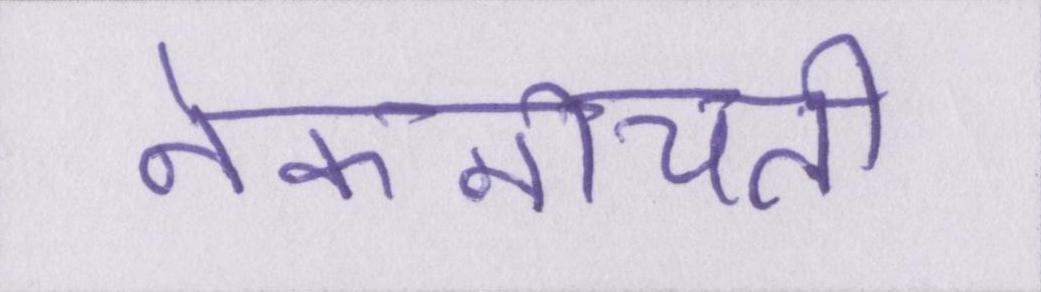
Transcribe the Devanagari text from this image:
नेकनीयती